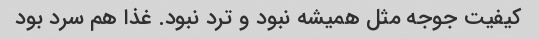
کیفیت جوجه مثل همیشه نبود و ترد نبود. غذا هم سرد بود